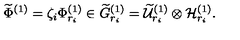
\widetilde { \Phi } ^ { ( 1 ) } = \zeta _ { i } \Phi _ { r _ { i } } ^ { ( 1 ) } \in \widetilde { G } _ { r _ { i } } ^ { ( 1 ) } = \widetilde { \cal U } _ { r _ { i } } ^ { ( 1 ) } \otimes { \cal H } _ { r _ { i } } ^ { ( 1 ) } .